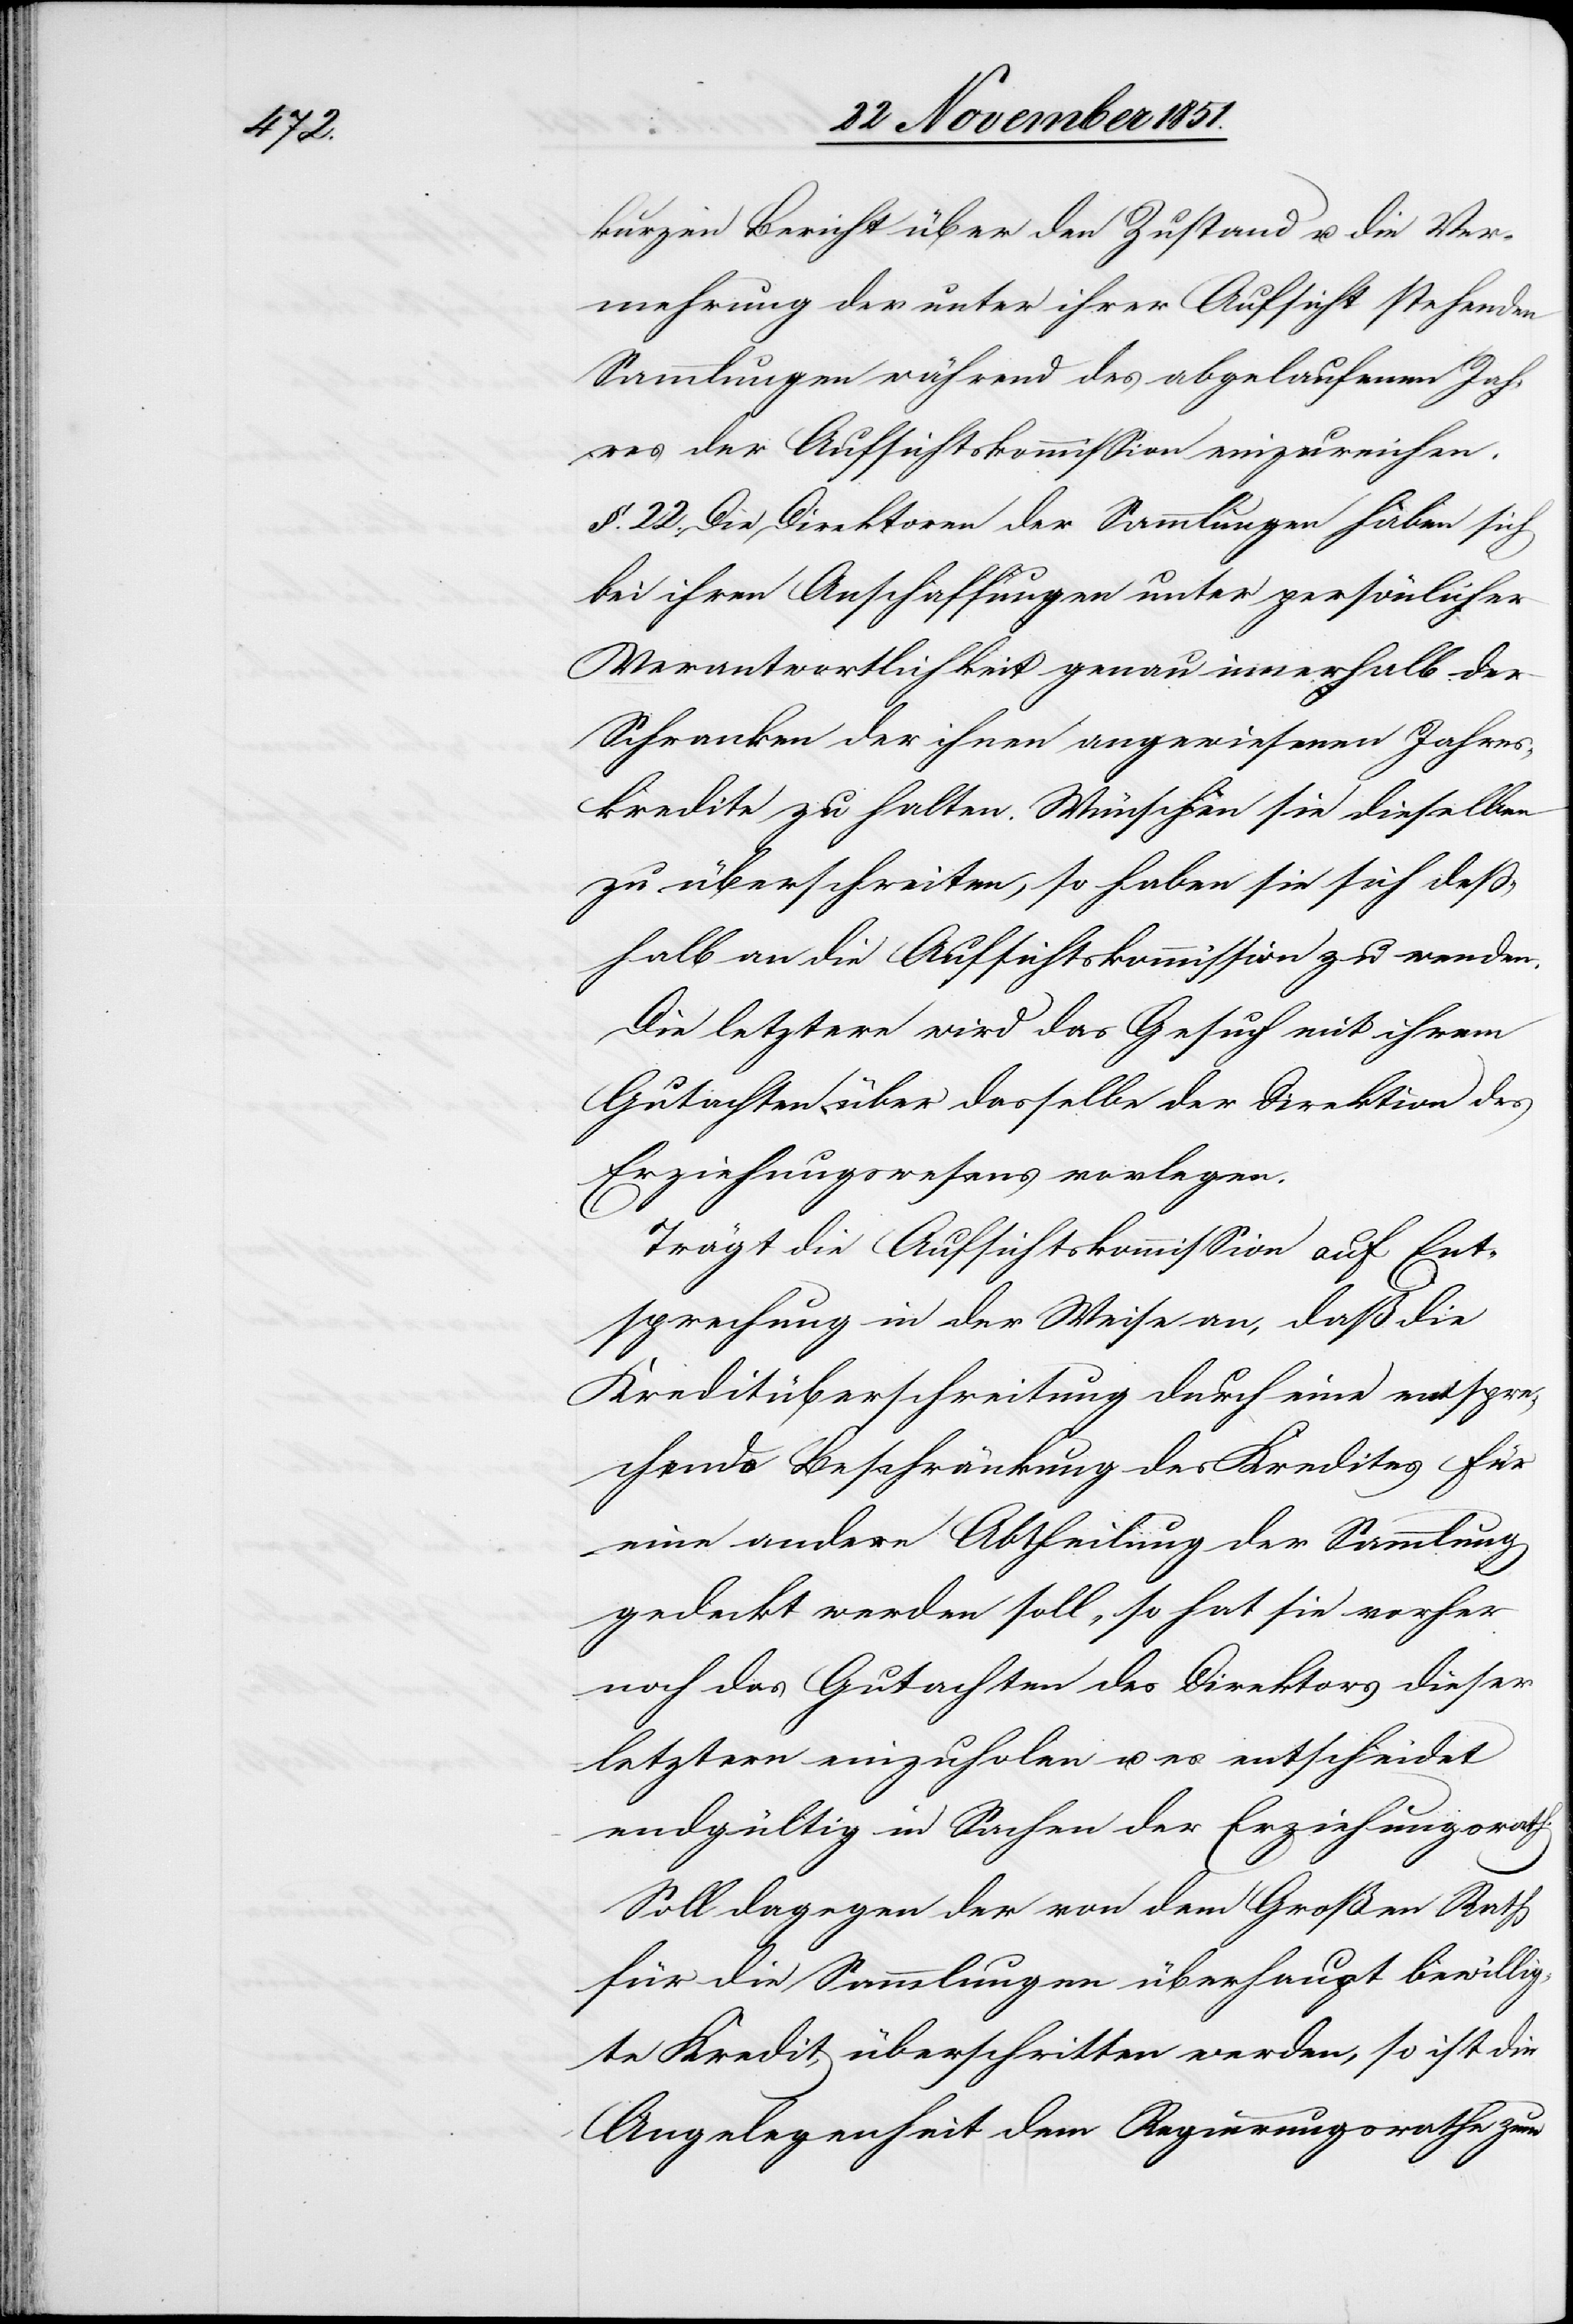
kurzen Bericht über den Zustand u. die Ver¬
mehrung der unter ihrer Aufsicht stehenden
Sammlungen während des abgelaufenen Jah¬
res der Aufsichtskommission einzureichen.
§. 22. Die Direktoren der Sammlungen haben sich
bei ihren Anschaffungen unter persönlicher
Verantwortlichkeit genau innerhalb der
Schranken der ihnen angewiesenen Jahres¬
kredite zu halten. Wünschen sie dieselben
zu überschreiten, so haben sie sich deß¬
halb an die Aufsichtskommission zu wenden.
Die letztere wird das Gesuch mit ihrem
Gutachten über dasselbe der Direktion des
Erziehungswesens vorlegen.
Trägt die Aufsichtskommission auf Ent¬
sprechung in der Weise an, daß die
Kreditüberschreitung durch eine entspre¬
chende Beschränkung des Kredites für
eine andere Abtheilung der Sammlung
gedeckt werden soll, so hat sie vorher
noch das Gutachten des Direktors dieser
letztern einzuholen u. es entscheidet
endgültig in Sachen der Erziehungsrath.
Soll dagegen der von dem Großen Rath
für die Sammlungen überhaupt bewillig¬
te Kredit, überschritten werden, so ist die
Angelegenheit dem Regierungsrathe zum